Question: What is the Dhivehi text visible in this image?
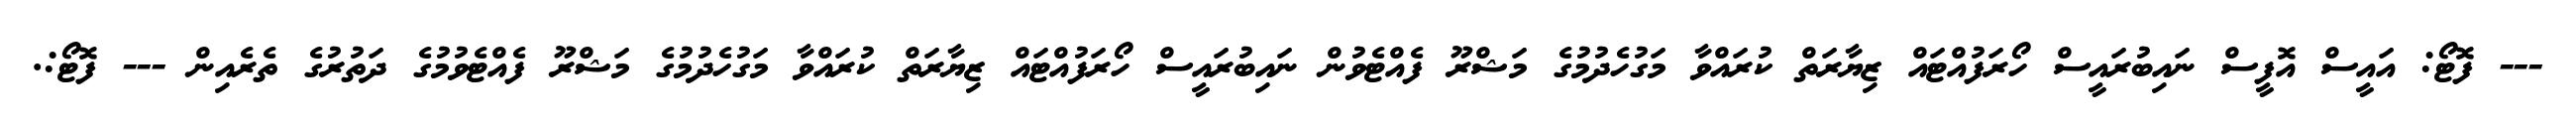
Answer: --- ފޮޓޯ: އައީސް އޮފީސް ނައިބުރައީސް ހޯރަފުއްޓައް ޒިޔާރަތް ކުރައްވާ މަގުހެދުމުގެ މަޝްރޫ ފެއްޓެވުން ނައިބުރައީސް ހޯރަފުއްޓައް ޒިޔާރަތް ކުރައްވާ މަގުހެދުމުގެ މަޝްރޫ ފެއްޓެވުމުގެ ދަތުރުގެ ތެރެއިން --- ފޮޓޯ:.